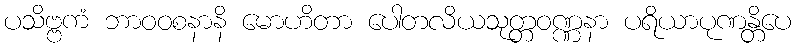
ပသိဗ္ဗကံ ဘာဝဝစနာနိ မောဟိတာ ပေါတလိယသုတ္တဝဏ္ဏနာ ပရိယာပုဏန္တိပေ